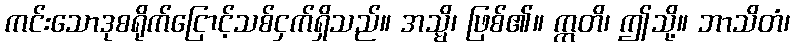
ကင်းသောဒုစရိုက်ငြောင့်သစ်ငှက်ရှိသည်။ အသ္မိ၊ ဖြစ်၏။ ဣတိ၊ ဤသို့။ ဘာသိတံ၊